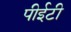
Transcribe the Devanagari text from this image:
पीईटी